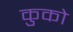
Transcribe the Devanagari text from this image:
कुको